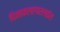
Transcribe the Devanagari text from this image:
पिनाकलएयरलाइंस